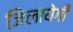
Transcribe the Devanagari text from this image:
जिलायेगी